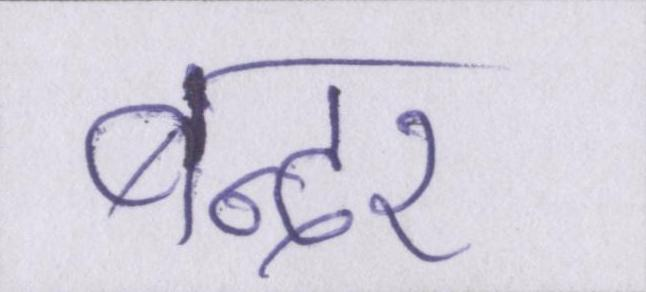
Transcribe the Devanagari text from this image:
बन्दर